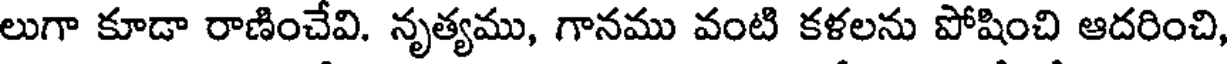
లుగా కూడా రాణించేవి. నృత్యము, గానము వంటి కళలను పోషించి ఆదరించి,